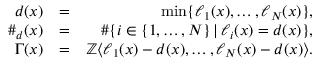
\begin{array} { r l r } { d ( x ) } & { = } & { \operatorname* { m i n } \{ \ell _ { 1 } ( x ) , \ldots , \ell _ { N } ( x ) \} , } \\ { \# _ { d } ( x ) } & { = } & { \# \{ i \in \{ 1 , \ldots , N \} \, \vert \, \ell _ { i } ( x ) = d ( x ) \} , } \\ { \Gamma ( x ) } & { = } & { \mathbb { Z } \langle \ell _ { 1 } ( x ) - d ( x ) , \ldots , \ell _ { N } ( x ) - d ( x ) \rangle . } \end{array}